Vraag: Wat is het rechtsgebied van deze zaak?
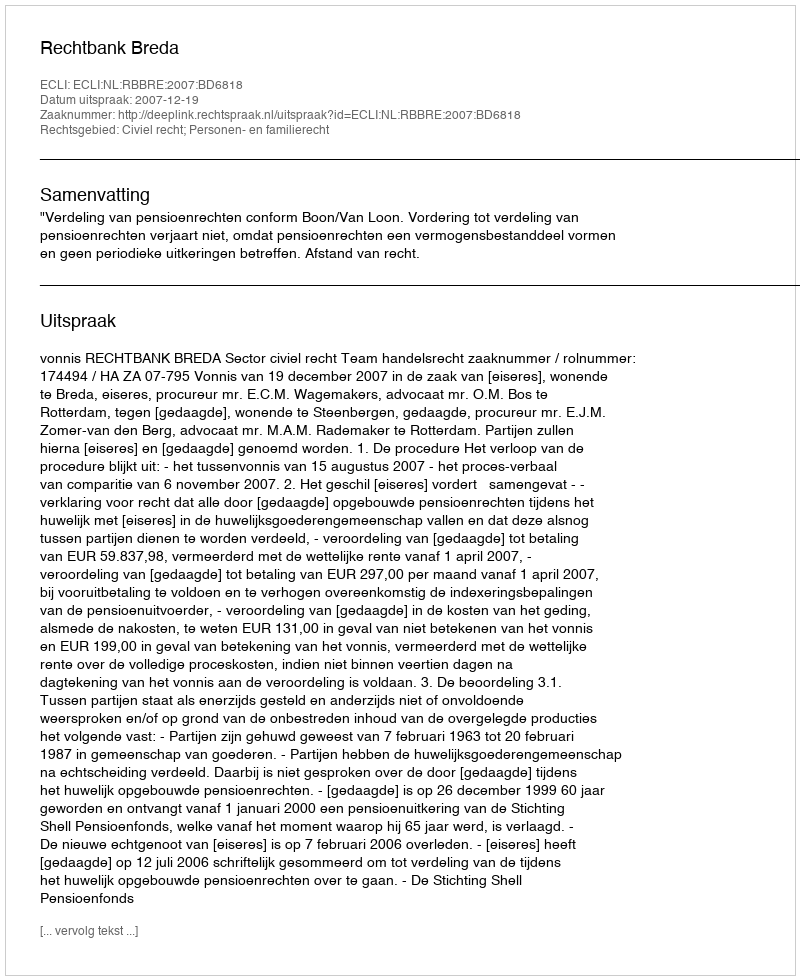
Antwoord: Civiel recht; Personen- en familierecht